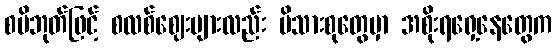
စပိဘုတ်ဖြင့် စလစ်ဈေးများလည်း မိသားစုတွေမှာ အစိုးရရှေ့နေတွေက